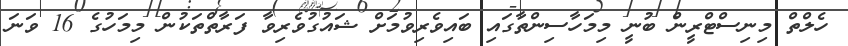
ހެލްތް މިނިސްޓްރީން ބުނީ މިމަހާސިންތާގައި ބައިވެރިވުމަށް ޝައުގުވެރިވާ ފަރާތްތަކުން މިމަހުގެ 16 ވަނަ